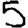
Digit: 5